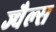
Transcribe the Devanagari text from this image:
ज्वैल्स